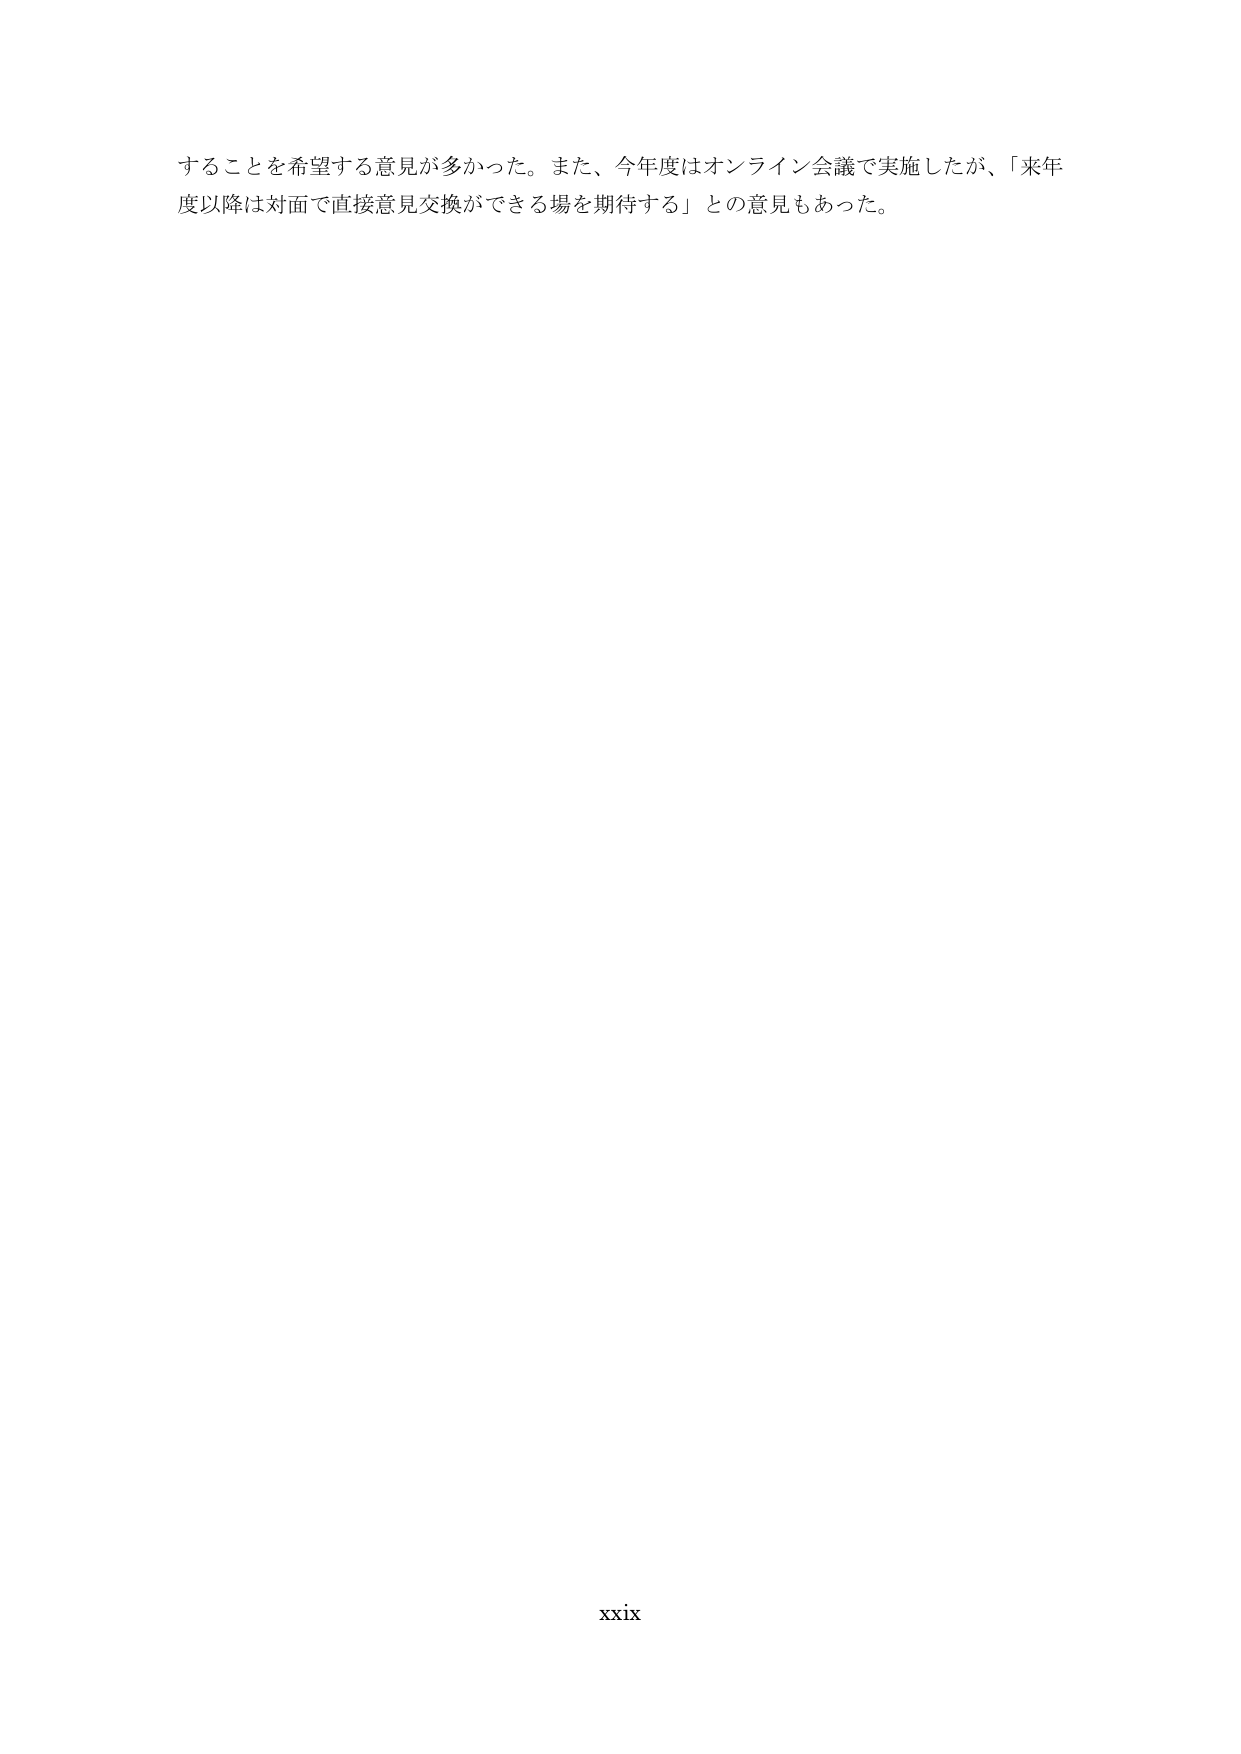
することを希望する意見が多かった。また、今年度はオンライン会議で実施したが、「来年度以降は対面で直接意見交換ができる場を期待する」との意見もあった。

xxix